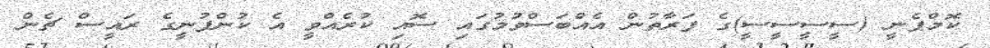
ކޮމްޕެނީ (ސީސީސީސީ)ގެ ފަރާތުން އެއްބަސްވުމުގައި ސޮއި ކުރެއްވީ އެ ކުންފުނީގެ ރައީސް ޗެން